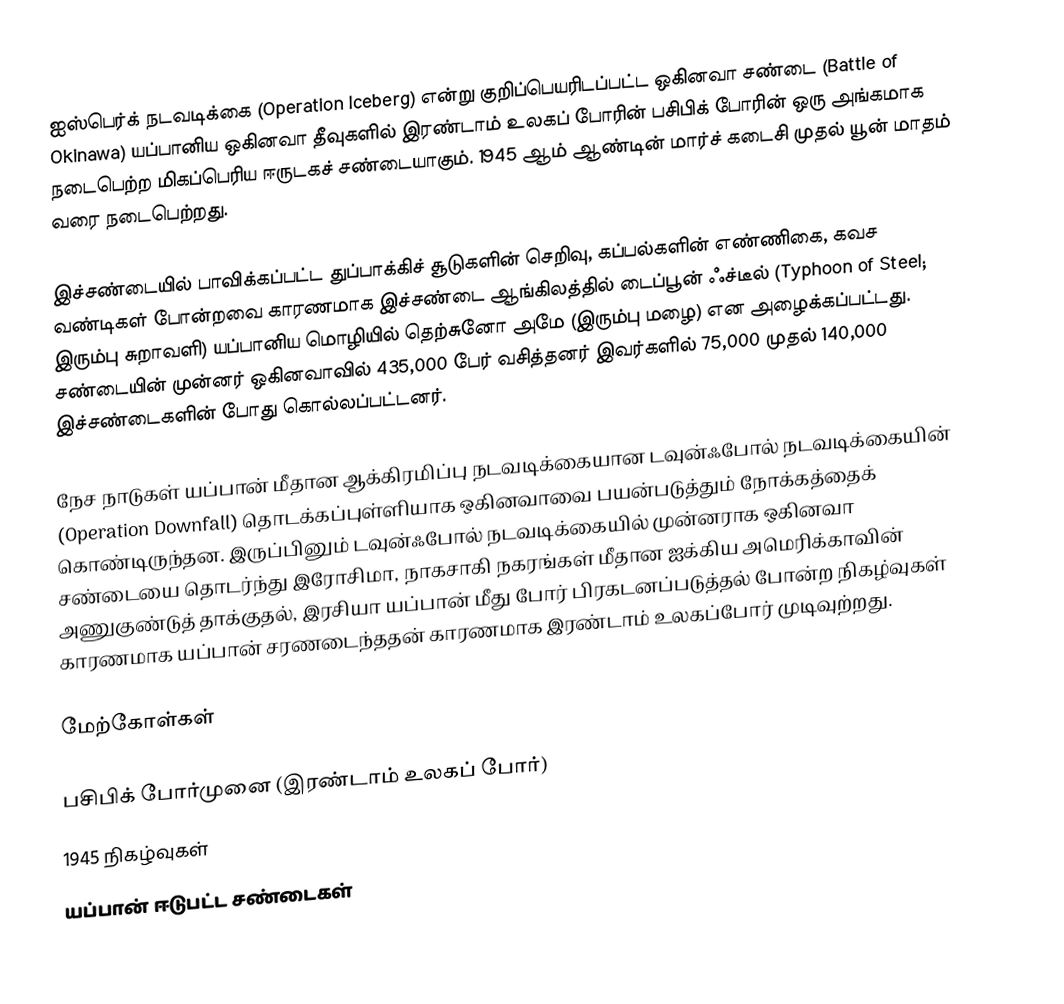
ஐஸ்பெர்க் நடவடிக்கை (Operation Iceberg) என்று குறிப்பெயரிடப்பட்ட ஒகினவா சண்டை (Battle of Okinawa) யப்பானிய ஒகினவா தீவுகளில் இரண்டாம் உலகப் போரின் பசிபிக் போரின் ஒரு அங்கமாக நடைபெற்ற மிகப்பெரிய ஈருடகச் சண்டையாகும். 1945 ஆம் ஆண்டின் மார்ச் கடைசி முதல் யூன் மாதம் வரை நடைபெற்றது.

இச்சண்டையில் பாவிக்கப்பட்ட துப்பாக்கிச் சூடுகளின் செறிவு, கப்பல்களின் எண்ணிகை, கவச வண்டிகள் போன்றவை காரணமாக இச்சண்டை ஆங்கிலத்தில்  டைப்பூன் ஃச்டீல் (Typhoon of Steel; இரும்பு சுறாவளி)  யப்பானிய மொழியில் தெற்சுனோ அமே (இரும்பு மழை) என அழைக்கப்பட்டது. சண்டையின் முன்னர் ஒகினவாவில் 435,000 பேர் வசித்தனர் இவர்களில் 75,000 முதல் 140,000 இச்சண்டைகளின் போது கொல்லப்பட்டனர்.

நேச நாடுகள் யப்பான் மீதான ஆக்கிரமிப்பு நடவடிக்கையான டவுன்ஃபோல் நடவடிக்கையின் (Operation Downfall) தொடக்கப்புள்ளியாக ஒகினவாவை பயன்படுத்தும் நோக்கத்தைக் கொண்டிருந்தன. இருப்பினும் டவுன்ஃபோல் நடவடிக்கையில் முன்னராக ஒகினவா சண்டையை தொடர்ந்து இரோசிமா, நாகசாகி நகரங்கள் மீதான ஐக்கிய அமெரிக்காவின் அணுகுண்டுத் தாக்குதல், இரசியா யப்பான் மீது போர் பிரகடனப்படுத்தல் போன்ற நிகழ்வுகள் காரணமாக யப்பான் சரணடைந்ததன் காரணமாக இரண்டாம் உலகப்போர் முடிவுற்றது.

மேற்கோள்கள்

பசிபிக் போர்முனை (இரண்டாம் உலகப் போர்)
1945 நிகழ்வுகள்
யப்பான் ஈடுபட்ட சண்டைகள்